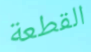
القطعة